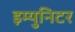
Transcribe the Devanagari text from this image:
इम्युनिटर